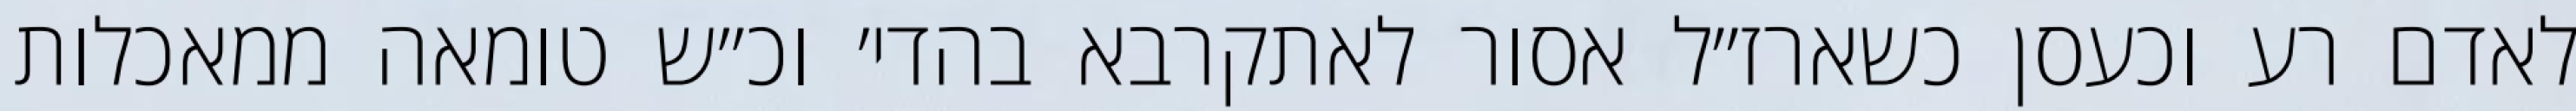
לאדם רע וכעסן כשארז״ל אסור לאתקרבא בהדי׳ וכ״ש טומאה ממאכלות